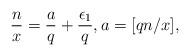
LaTeX: \begin{align*}\frac{n}{x}=\frac{a}{q}+\frac{\epsilon_1}{q},a=[qn/x],\end{align*}